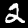
Label: 2